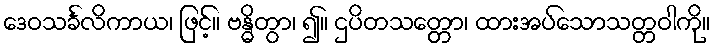
ဒေဝသင်္ခလိကာယ၊ ဖြင့်။ ဗန္ဓိတွာ၊ ၍။ ဌပိတသတ္တော၊ ထားအပ်သောသတ္တဝါကို။